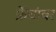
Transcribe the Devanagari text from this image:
फ्रेंचांवर